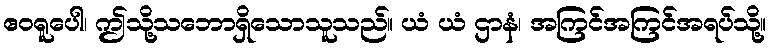
ဧဝရူပေါ၊ ဤသို့သဘောရှိသောသူသည်။ ယံ ယံ ဌာနံ၊ အကြင်အကြင်အရပ်သို့။